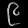
Digit: ၉